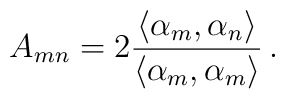
A_{mn}=2\frac{\langle\alpha_m,\alpha_n\rangle}{\langle\alpha_m, \alpha_m \rangle}\, .